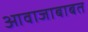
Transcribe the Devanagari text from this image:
आवाजाबाबत